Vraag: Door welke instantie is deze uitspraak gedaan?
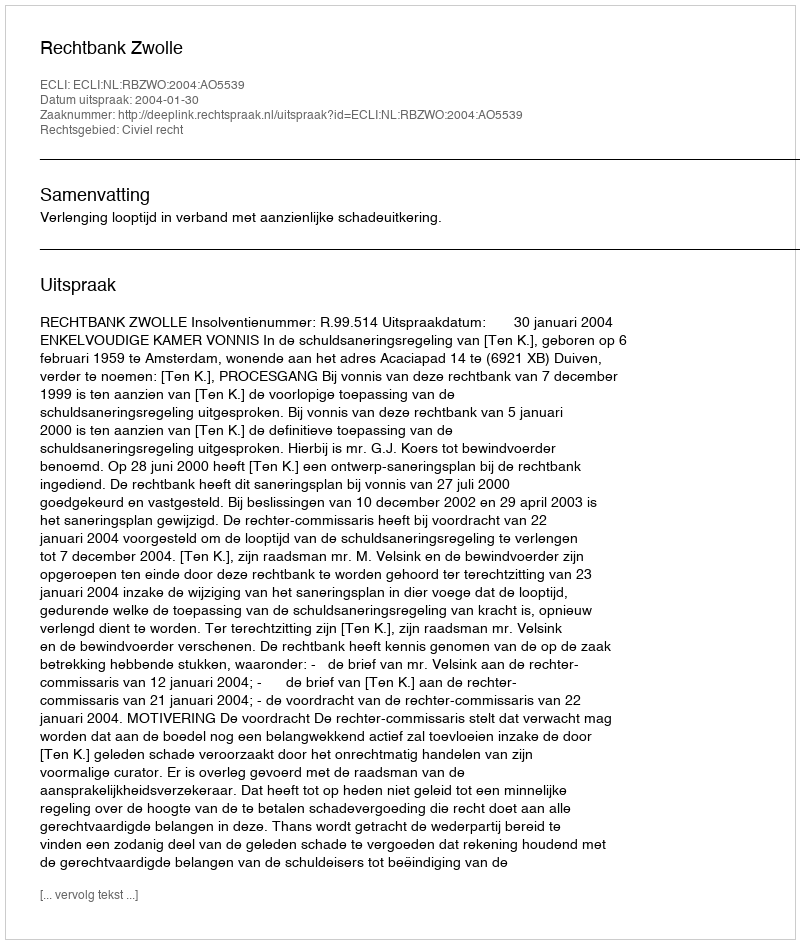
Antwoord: Rechtbank Zwolle